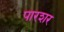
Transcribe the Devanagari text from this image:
पारशर